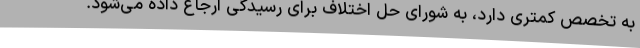
به تخصص کمتری دارد، به شورای حل اختلاف برای رسیدگی ارجاع داده می‌شود.